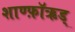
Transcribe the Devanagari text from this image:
शाण्फ़ॉऋड्